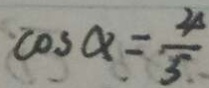
\cos \alpha = \frac { 4 } { 5 }